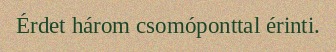
Érdet három csomóponttal érinti.